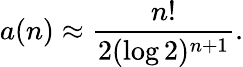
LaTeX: a(n)\approx{\frac{n!}{2(\log 2)^{n+1}}}.